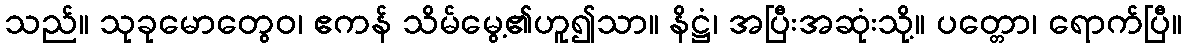
သည်။ သုခုမောတွေဝ၊ ဧကန် သိမ်မွေ့၏ဟူ၍သာ။ နိဋ္ဌံ၊ အပြီးအဆုံးသို့။ ပတ္တော၊ ရောက်ပြီ။